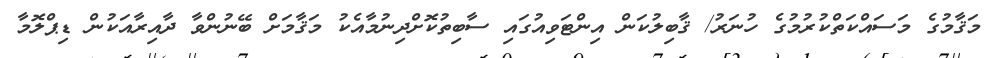
މަޤާމުގެ މަސައްކަތްކުރުމުގެ ހުނަރު/ ޤާބިލުކަން އިންޓަވިއުގައި ސާބިތުކޮށްދިނުމާއެކު މަޤާމަށް ބޭނުންވާ ދާއިރާއަކުން ޑިޕްލޮމާ